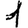
Digit: 1